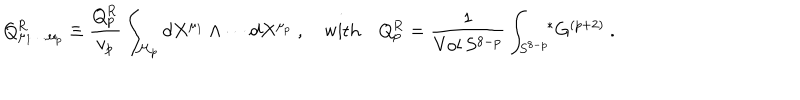
LaTeX: Q _ { \mu _ { 1 } \dots \mu _ { p } } ^ { \mathrm { R } } \equiv { \frac { Q _ { p } ^ { \mathrm { R } } } { v _ { p } } } \int _ { { \cal M } _ { p } } d X ^ { \mu _ { 1 } } \wedge \cdots d X ^ { \mu _ { p } } \ , \quad \mathrm { w i t h } \quad Q _ { p } ^ { \mathrm { R } } = { \frac { 1 } { \mathrm { V o l } \, S ^ { 8 - p } } } \int _ { S ^ { 8 - p } } \! \! { } ^ { * } G ^ { ( p + 2 ) } \ .